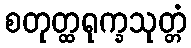
စတုတ္ထရုက္ခသုတ္တံ